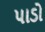
પાડો